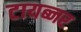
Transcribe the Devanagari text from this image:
टायब्नर